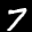
Label: 7